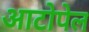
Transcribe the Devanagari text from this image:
आटोपेल